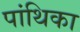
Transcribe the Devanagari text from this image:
पांथिका